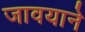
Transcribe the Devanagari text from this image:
जावयाने